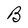
Character: B